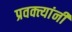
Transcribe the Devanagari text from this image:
प्रवक्त्यांनी